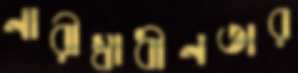
নারীস্বাধীনতার